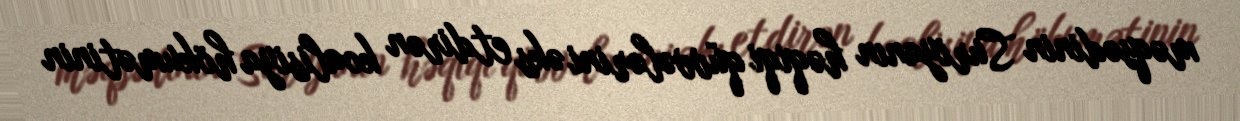
məqsədinin Suriyanın həqiqi qüvvələrini əks etdirən koalisiya hökumətinin